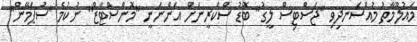
މައުލޫމާތު މުއްސަނދިވި "ޖަސްޓިސް ލީގު" ބޮޑު ސްކްރީނަށް އަންނަނީ "މޮންސްޓާޒް" ނުކުމެ "ސުޕަމޭން"